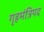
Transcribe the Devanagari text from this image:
गृहमंत्रिपद